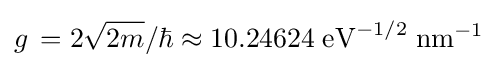
g\,=2{\sqrt {2m}}/\hbar \approx 10.24624\;{\rm {eV}}^{-1/2}\;{\rm {nm}}^{-1}